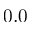
0 . 0